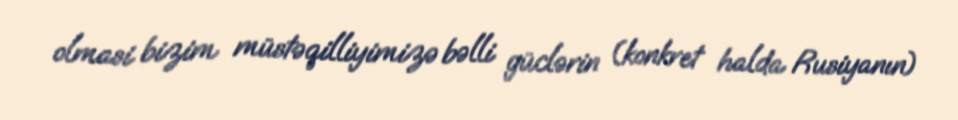
olmasi bizim müstəqilliyimizə bəlli güclərin (konkret halda Rusiyanın)